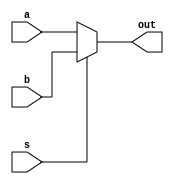
module mux_2to1_4bit(a, b, s, out);
	input [3:0] a, b;
	input s;
	output [3:0] out;
	
	assign out = s ? b : a;
	
endmodule